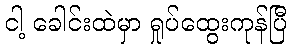
ငါ့ ခေါင်းထဲမှာ ရှုပ်ထွေးကုန်ပြီ